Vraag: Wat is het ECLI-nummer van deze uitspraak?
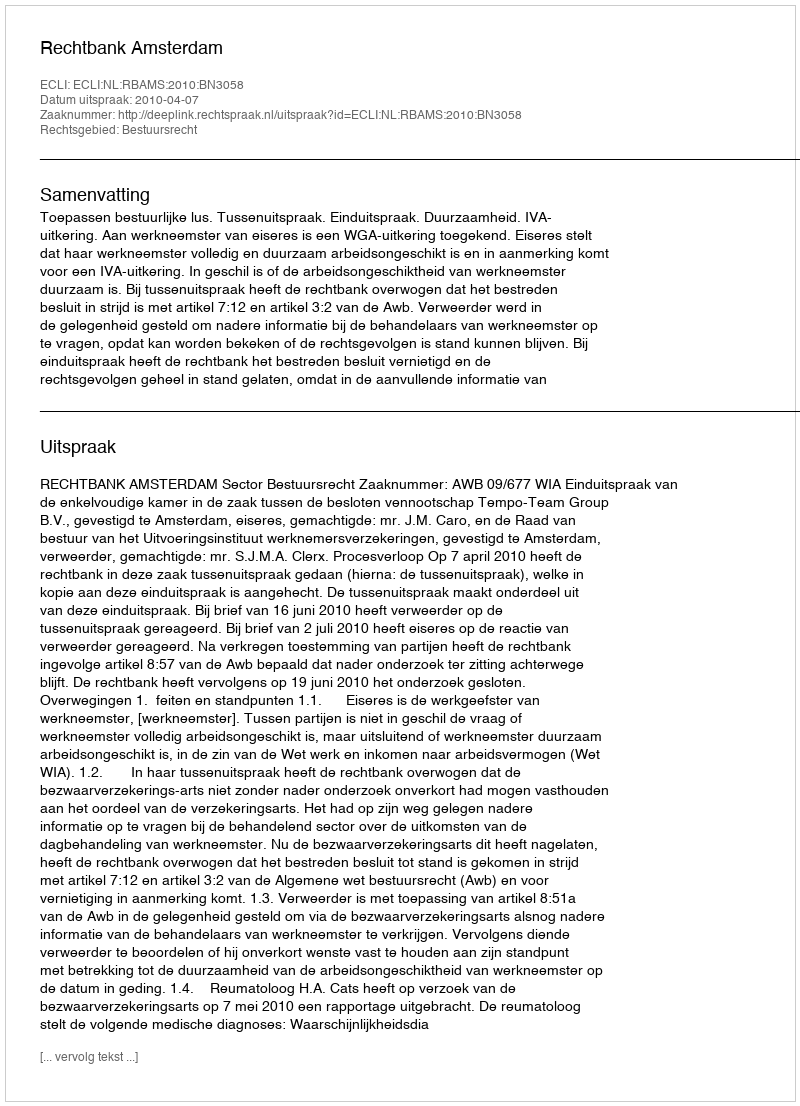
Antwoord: ECLI:NL:RBAMS:2010:BN3058